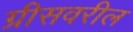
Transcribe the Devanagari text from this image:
ग्रीसवरील